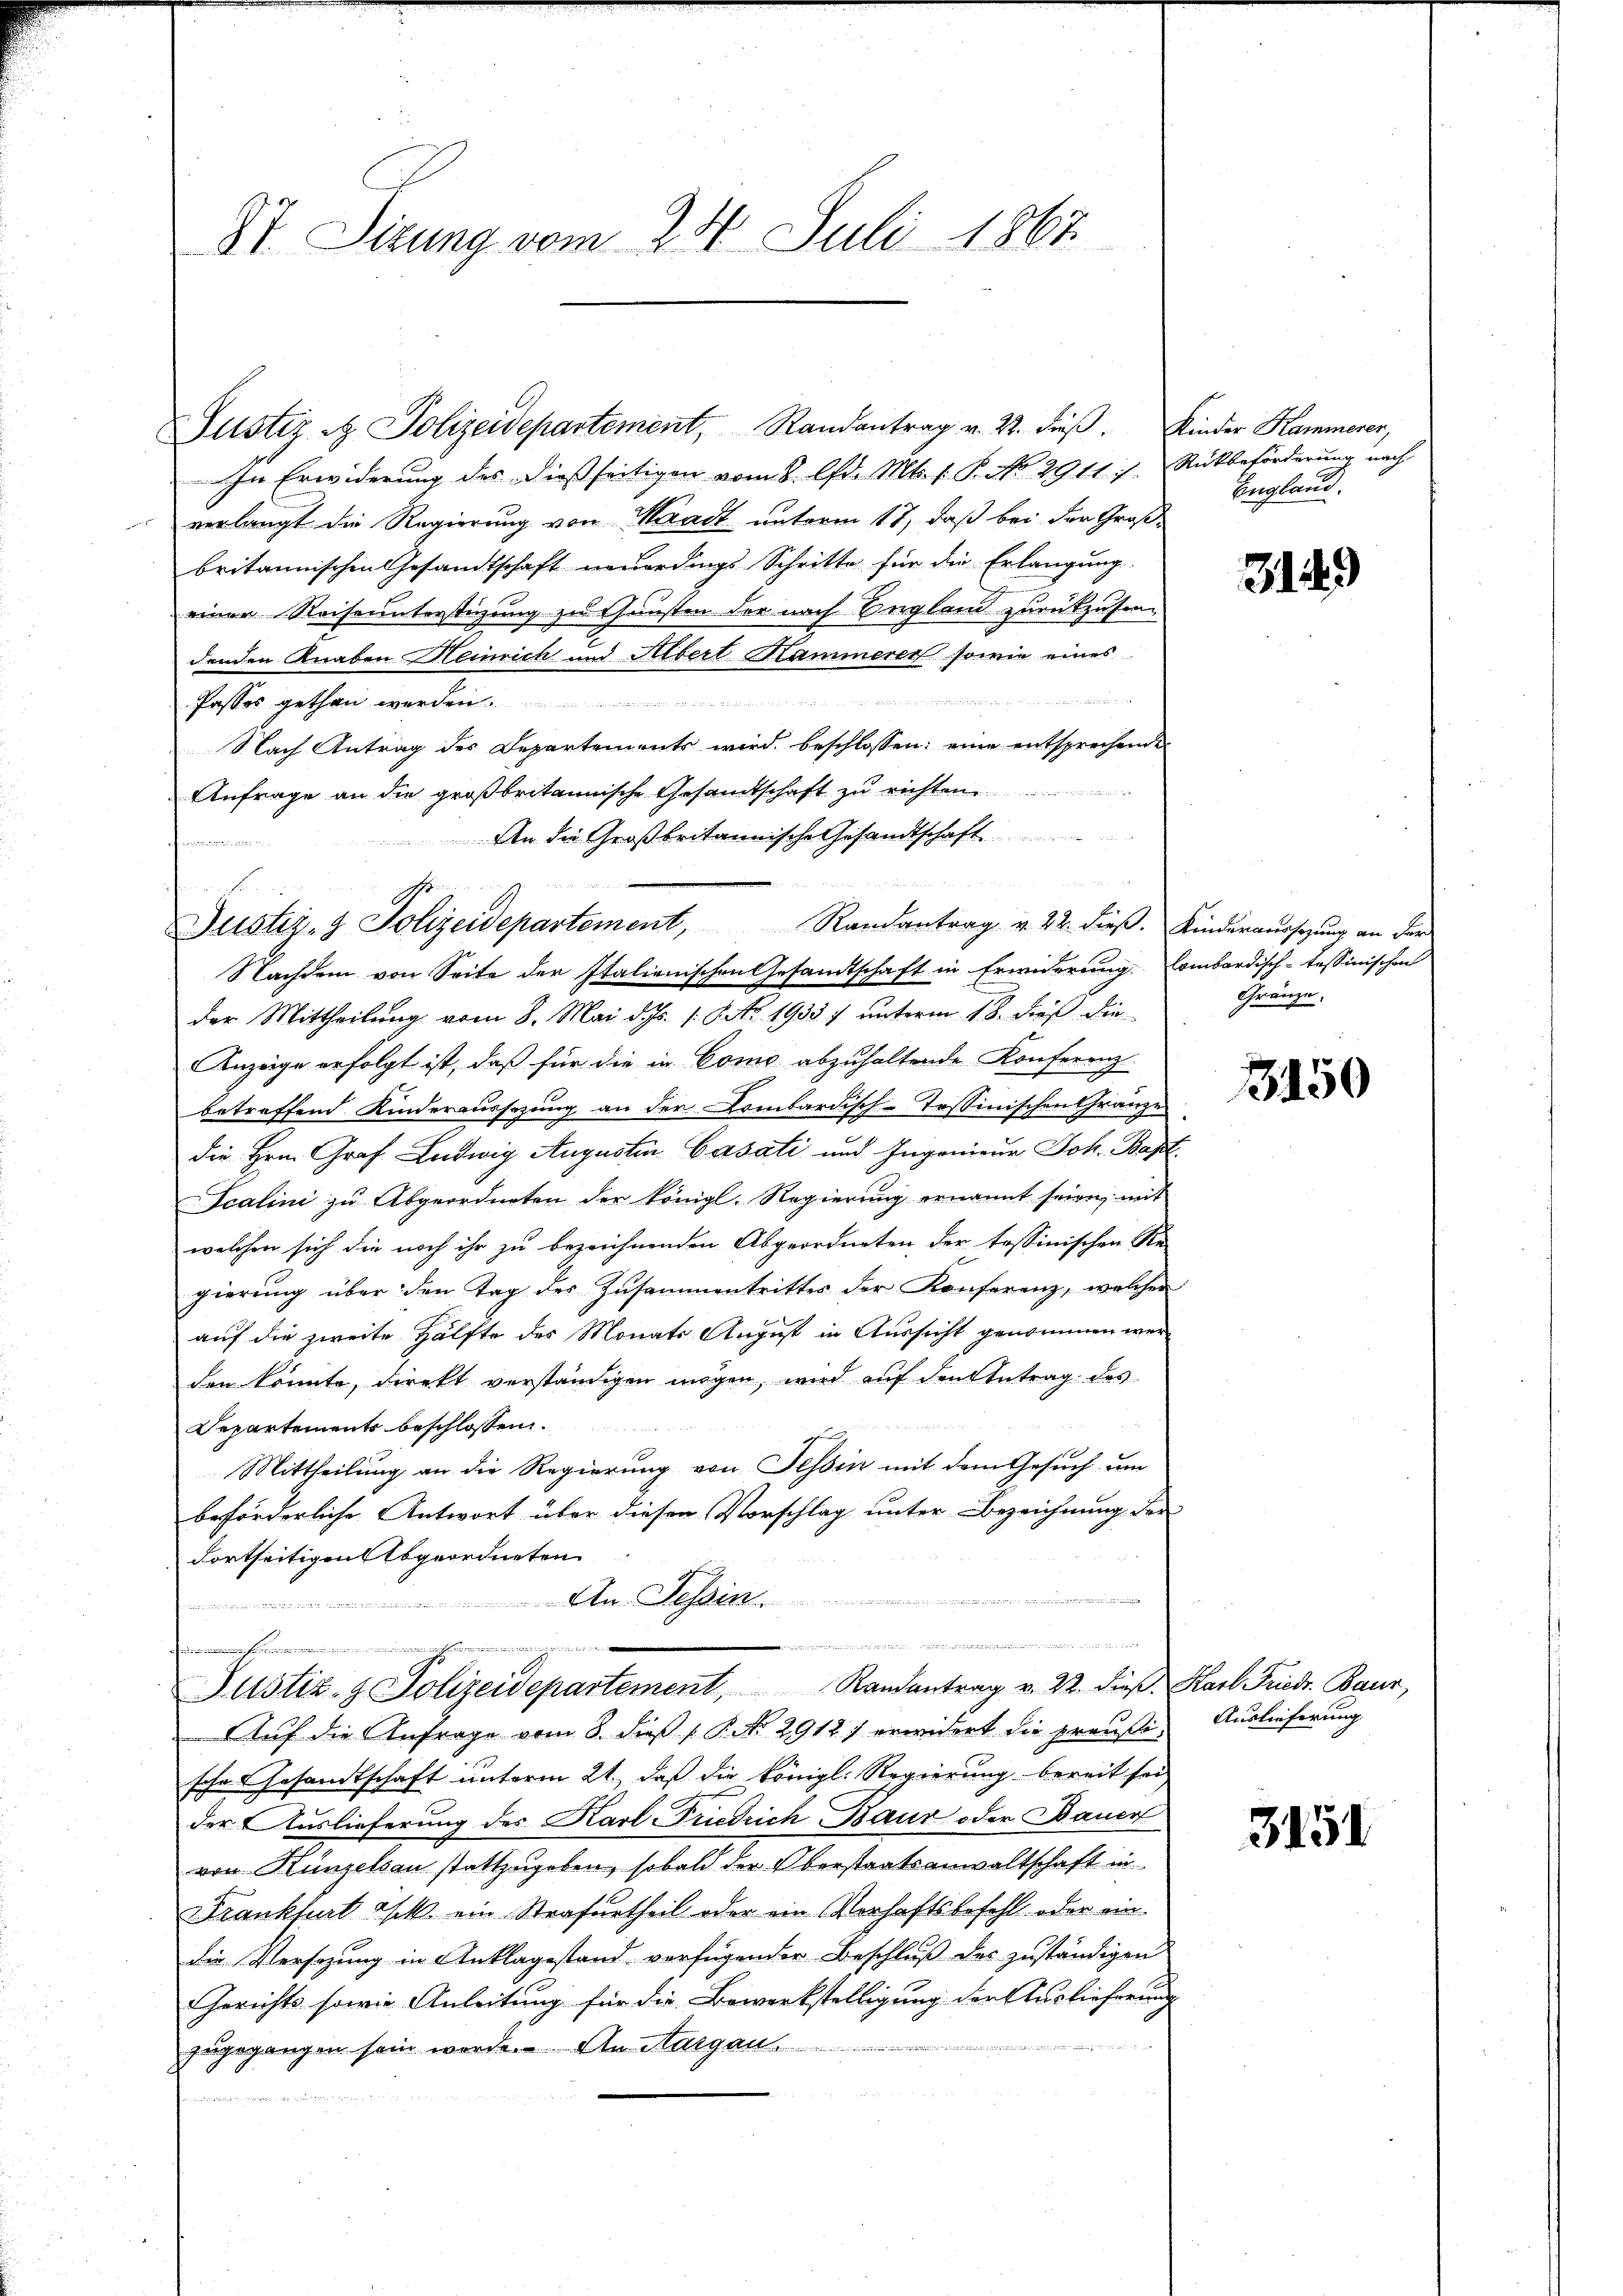
St. Sirung vom 24. Juli 1867

Justiz & Polizeidepartement, Randantrag v. 22. dieβ. Kinder Kammerer,
In Erwiderung des dießseitigen vom 8. lfd. Mts. 1. P. No 2911 s. Rückbeförderung nach
verlangt die Regierung von Waadt unterm 17, daß bei der Großbritannischen Gesandtschaft neuerdings Schritte für die Erlangung
einer Reiseunterstüzung zu Gunsten der nach England zurückzusendenden Knaben Meinrich und Albert Hammerer sowie eines

Passes gethan werden.
Nach Antrag des Departements wird beschlossen: eine entsprechenden
Anfrage an die großbritannische Gesandtschaft zu richten.
An die Großbritannische Gesandtschaft
eisin

u
Justiz- & Polizeidepartement, Randantrag v. 22. dieβ. Kinderaussetzung an der

Nachdem von Seite der Italienischen Gesandtschaft in Erwiderung Combardisch-tessinischen
der Mittheilung vom 8. Mai d. Js. /: No 1933 7 unterm 18. dieß die
Anzeige erfolgt ist, daß für die in Como abzuhaltende Konferenz
betreffend Kinderaussezung an der Lombardisch-Tessinischen Gränze
die Hrn. Graf Ludwig Augustin Cassati und Ingenieur Joh. Bapt
Icalini zu Abgeordneten der königl. Regierŭng ernannt seien mit
welchen sich die noch ihr zu bezeichnenden Abgeordneten der tessinischen Re-
gierŭng über den Tag der Zusammentrittes der Konferenz, welcher
auf die zweite Hälfte des Monats August in Aussicht genommen werden könnte, direkt verständigen mögen, wird auf den Antrag des
Departements beschlossen.
Mittheilung an die Regierung von Tessin mit dem Gesuch um
beförderliche Antwort über diesen Vorschlag unter Bezeichnung der
dortseitigen Abgeordneten

An Tessin.
e
r
Justiz- & Polizeidepartement, Randantrag v. 22. dieβ. Karl Friedr. Baur,
Auf die Anfrage vom 8. dieß P. No. 29127 erwidert die preußische Gesandtschaft unterm 21. daß die königl. Regierung bereit sei
der Auslieferung des Karl Friedrich Baur oder Dauer
von Künzelsau stattzugeben, sobald der Oberstaatsanwaltschaft in
Frankfurt ist ein Strafurtheil oder ein Verhaftsbefehl- oder ein
die Versezung in Anklagestand verfügender Beschluß der zuständigen
Gerichts sowie Anleitung für die Bewerkstelligung der Auslieferung
zugegangen sein werde. An Aargau
ne, wenn der den se

England.

319

Gränze.

3450

Auslieferung

3151.